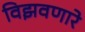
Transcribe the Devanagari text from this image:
विझवणारे